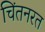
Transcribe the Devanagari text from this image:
चिंतनरत